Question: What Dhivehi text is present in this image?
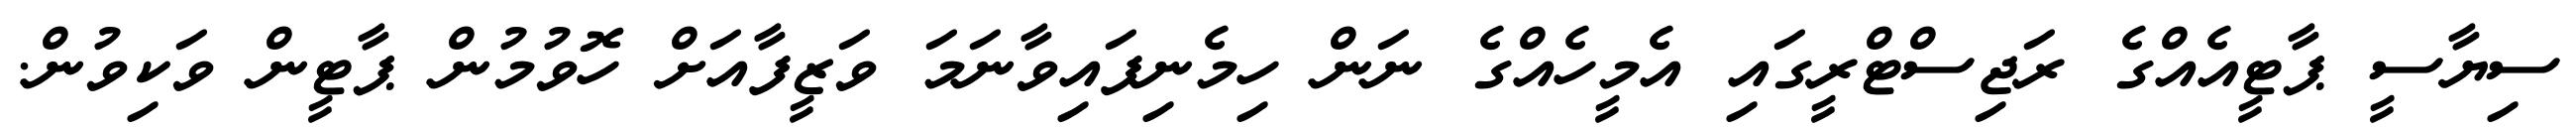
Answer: ސިޔާސީ ޕާޓީއެއްގެ ރަޖިސްޓްރީގައި އެމީހެއްގެ ނަން ހިމެނިފައިވާނަމަ ވަޒީފާއަށް ހޮވުމުން ޕާޓީން ވަކިވުން.